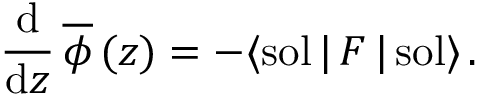
\frac { \mathrm { d } } { \mathrm { d } z } \, { \overline { { \phi } } } \, ( z ) = - \langle \mathrm { s o l } \, | \, F \, | \, \mathrm { s o l } \rangle \, .